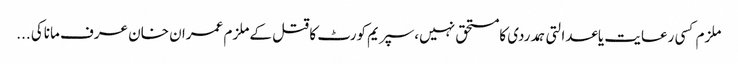
ملزم کسی رعایت یاعدالتی ہمدردی کامستحق نہیں،سپریم کورٹ کا قتل کے ملزم عمران خان عرف ماناکی ...